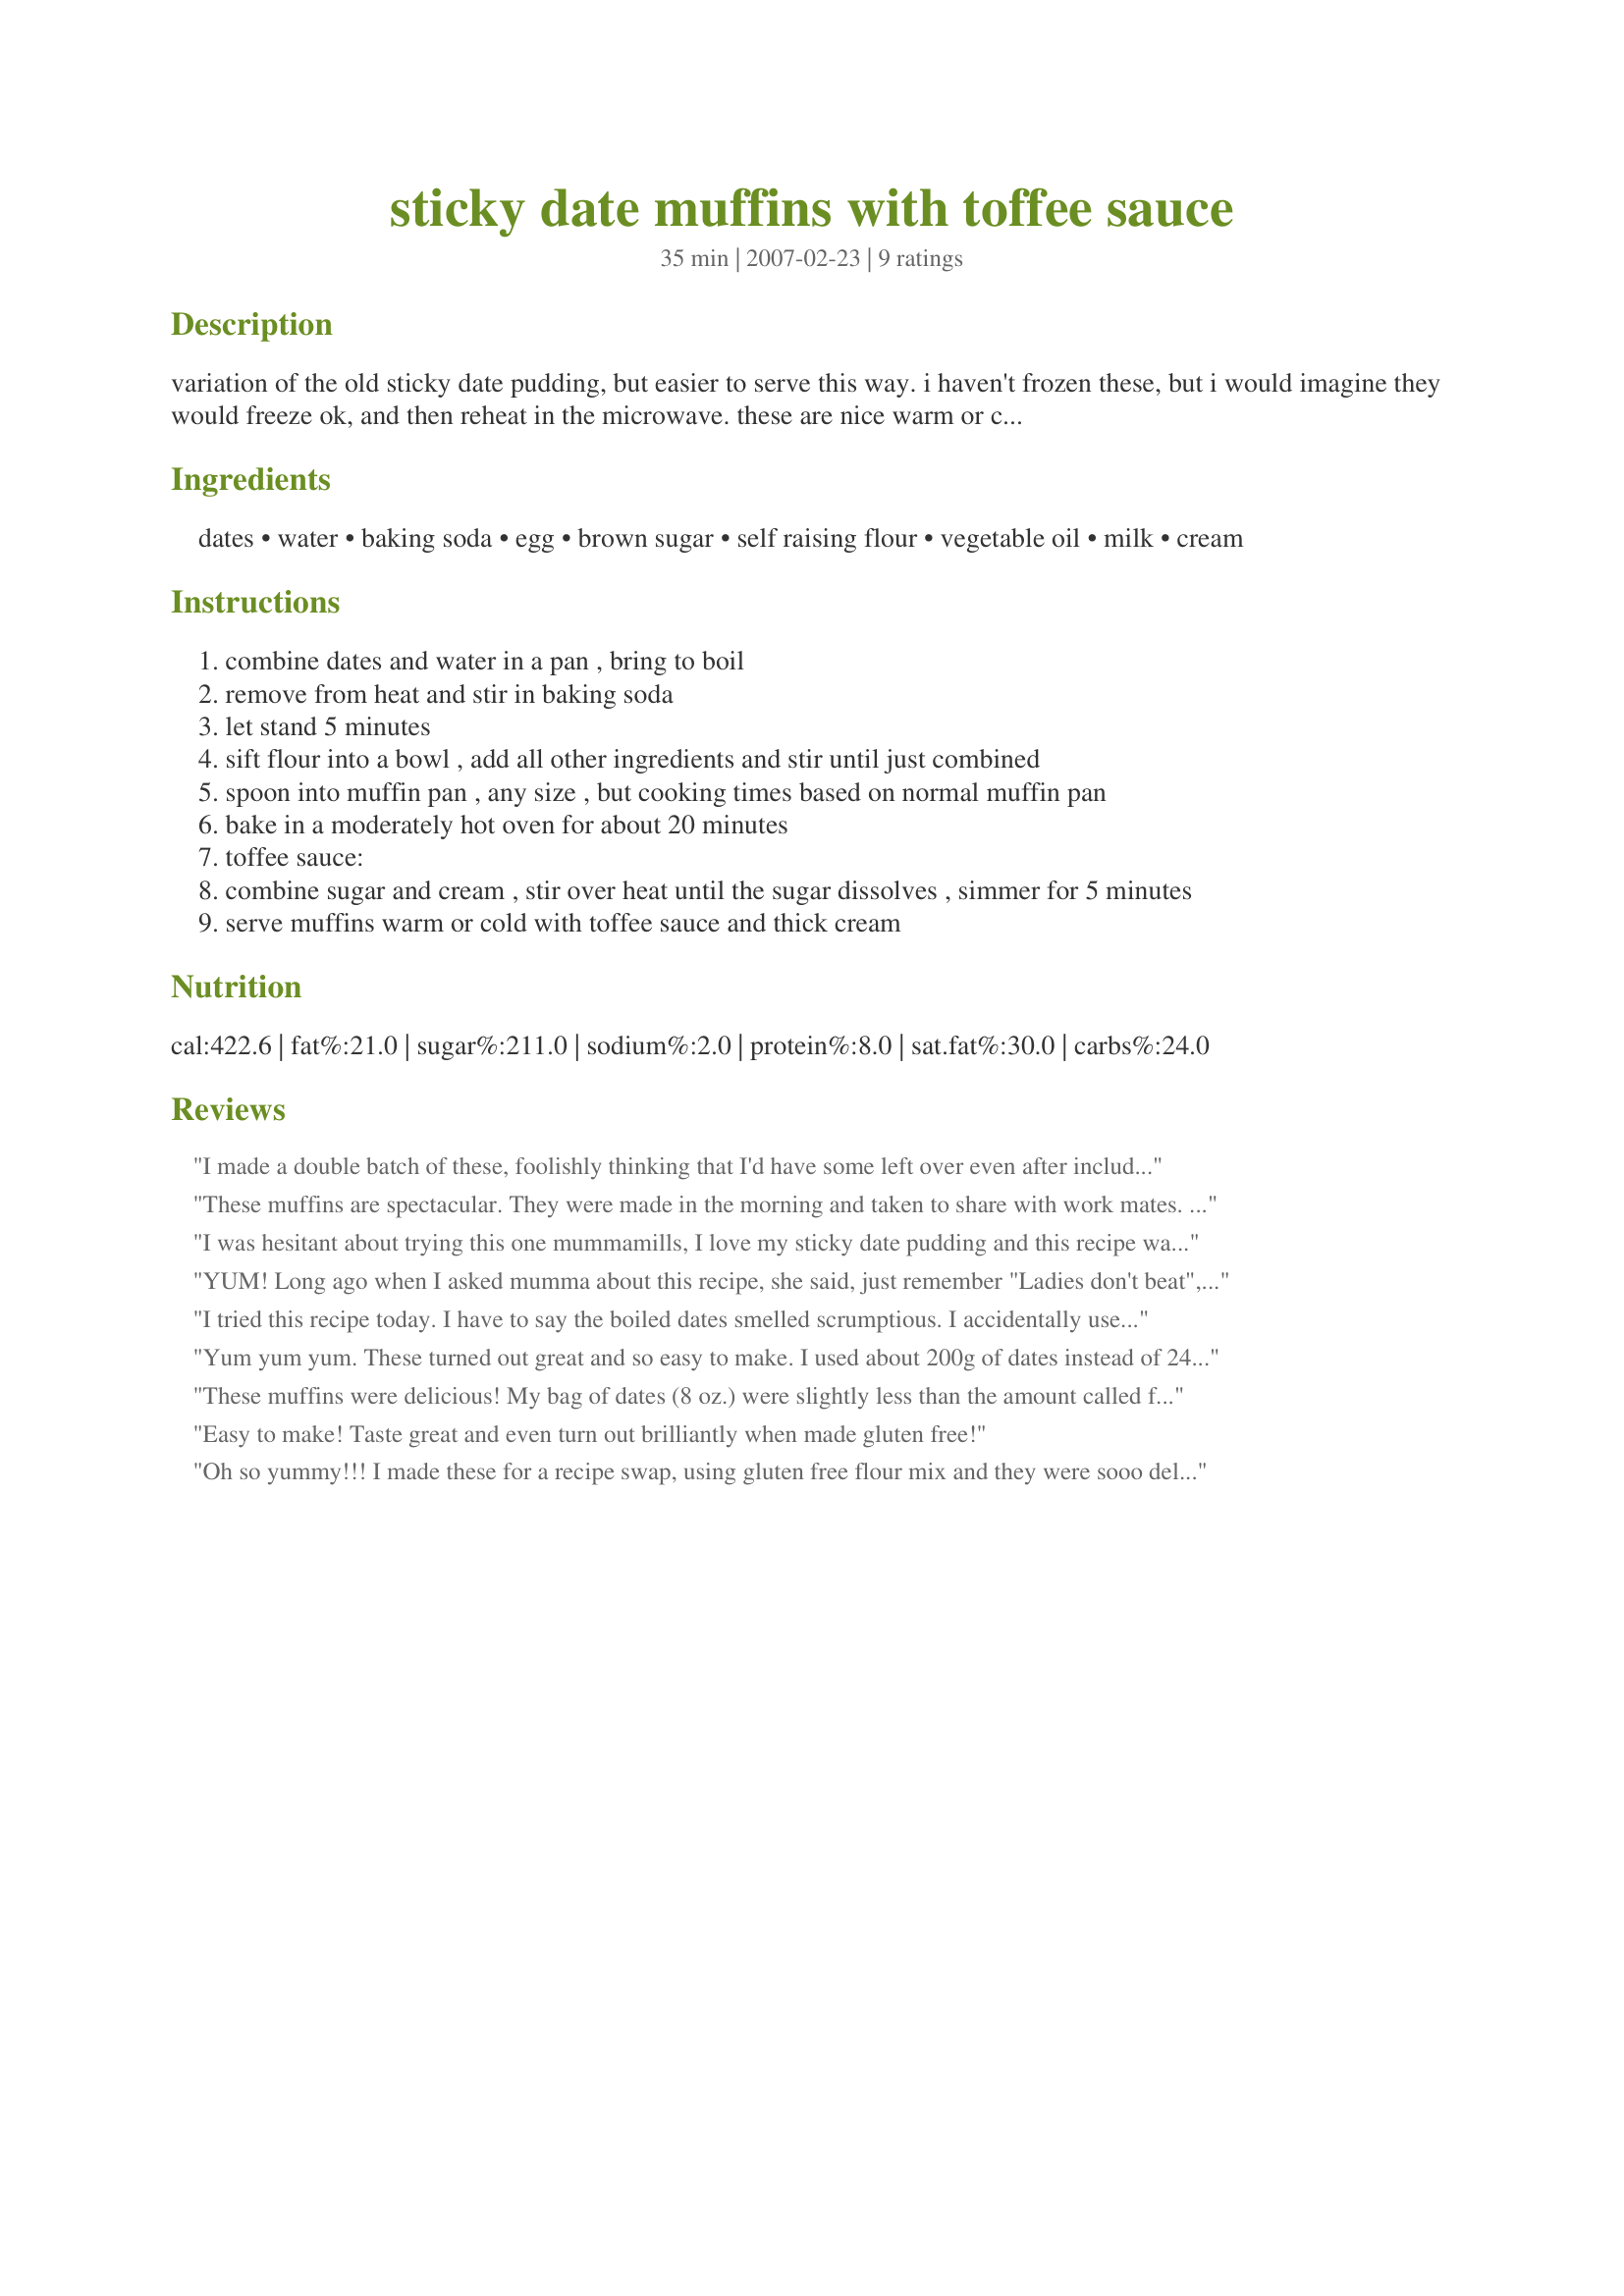
sticky date muffins with toffee sauce
Preparation time: 35 minutes

variation of the old sticky date pudding, but easier to serve this way. i haven't frozen these, but i would imagine they would freeze ok, and then reheat in the microwave.
these are nice warm or cold, with the toffee sauce poured over and cream for afternoon tea, and ice-cream for dessert :)

Ingredients:
dates, water, baking soda, egg, brown sugar, self raising flour, vegetable oil, milk, cream

Steps:
combine dates and water in a pan , bring to boil
remove from heat and stir in baking soda
let stand 5 minutes
sift flour into a bowl , add all other ingredients and stir until just combined
spoon into muffin pan , any size , but cooking times based on normal muffin pan
bake in a moderately hot oven for about 20 minutes
toffee sauce:
combine sugar and cream , stir over heat until the sugar dissolves , simmer for 5 minutes
serve muffins warm or cold with toffee sauce and thick cream

Reviews:
I made a double batch of these, foolishly thinking that I'd have some left over even after including them on my muffin-&-cupcake tray (as lures) during a park-wide garage sale! Sadly for my other half & I, these were the first to go (we only had 2 each for ourselves!) ~ Great tasting, especially with the sauce, & I would change a thing with this great keeper of a recipe ~ Love those dates! [Tagged, made & reviewed for one of my swapmates in the AUs/NZ Recipe Swap #33]
These muffins are spectacular. They were made in the morning and taken to share with work mates. Everyone's greedy side came out as they tried to stake their claim to a second muffin. Thanks mumma!
I was hesitant about trying this one mummamills, I love my sticky date pudding and this recipe was different to the usual recipe I use, but hey, gotta give these things a go.....right!! 
I am SO GLAD I did, they are so much easier to make and the taste ............GREAT FANTASTIC AND DELICIOUS!!!!
I made mine in friand pans and followed everything exactly, and they turned out fantastic. And the sauce was soooo yummy also. 
They didnt last long in this house. This is takes over my recipe for Sticky date pudding.
Thanks mummamills, WILL BE making these again!!!
YUM! Long ago when I asked mumma about this recipe, she said, just remember "Ladies don't beat", so I took that advise and the results were excellent. The directions are easy and simple to follow, the flavour is very yummy. I made this for our guests today and they all enjoyed them. I had some left over so I froze them without the sauce for Little Miss (DD) who is a sweet tooth and really enjoyed muffins. She has already nominated the days she will be eating them. Thank you again Mummamills.
I tried this recipe today. I have to say the boiled dates smelled scrumptious. I accidentally used plain flour instead of Self Raising. So added baking soda to it. I was just so excited as the aroma from my oven was just so inviting. But very sadly, my muffin did not rise to the occasion. I thought I could add baking soda to my plain flour as I misread and prepared plain flour instead of self raising flour. Could I have done this swap of plain flour for self raising and if so then to what proportions? I want to try this again as the dates seemed so delicious.
Yum yum yum. These turned out great and so easy to make. I used about 200g of dates instead of 240g as I got tired of chopping them! I didn't make the toffee sauce but instead made a cream cheese frosting with golden syrup topped with a walnut which I think tasted great. I will definitely be making these again. Thanks for sharing.
These muffins were delicious! My bag of dates (8 oz.) were slightly less than the amount called for, but they were enough to make the muffins. I made the sauce, but we found it was a bit too sweet (even for my husband's heavy sweet tooth) and overwhelmed the flavor of the muffins. Next time, and there will definitely be a next time, I'll use the cream cheese like the other reviewer (Nat K). A cream cheese spread would be a delicious touch, too.
Easy to make! Taste great and even turn out brilliantly when made gluten free!
Oh so yummy!!! I made these for a recipe swap, using gluten free flour mix and they were sooo delicious I had to try and make some low carb so my diabetic husband could try them,,,so I used canderel instead of sugar and omitted the sauce,,, and he agreed they were sweet, moist and so tasty.
